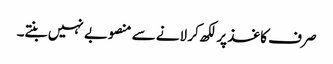
صرف کاغذ پر لکھ کر لانے سے منصوبے نہیں بنتے۔